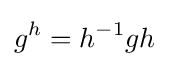
g^{h}=h^{-1}gh